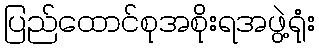
ပြည်ထောင်စုအစိုးရအဖွဲ့ရုံး